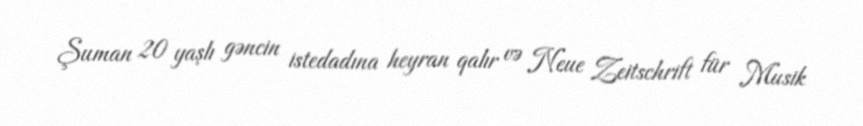
Şuman 20 yaşlı gəncin istedadına heyran qalır və Neue Zeitschrift für Musik